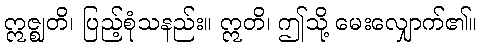
ဣဇ္ဈတိ၊ ပြည့်စုံသနည်း။ ဣတိ၊ ဤသို့ မေးလျှောက်၏။